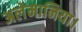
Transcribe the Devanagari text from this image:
अलेमानिया।